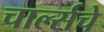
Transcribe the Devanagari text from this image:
चार्ल्सचे